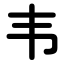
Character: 韦